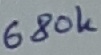
Text: 680K